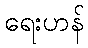
ရေးဟန်